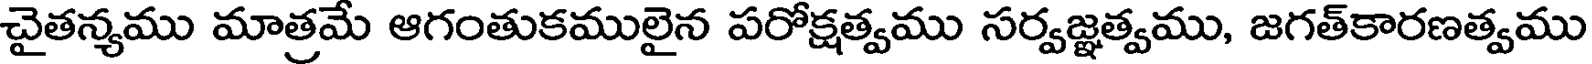
చైతన్యము మాత్రమే ఆగంతుకములైన పరోక్షత్వము సర్వజ్ఞత్వము, జగత్కారణత్వము